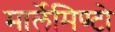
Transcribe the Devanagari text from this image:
मार्लेमिण्टो